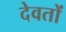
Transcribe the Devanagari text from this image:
देवतों